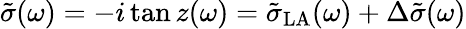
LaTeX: \tilde{\sigma}(\omega)=-i\tan z(\omega)=\tilde{\sigma}_{\mathrm{LA}}(\omega)+\Delta\tilde{\sigma}(\omega)